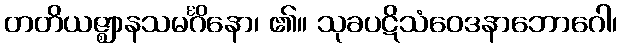
တတိယဇ္ဈာနသမင်္ဂိနော၊ ၏။ သုခပဋိသံဝေဒနာဘောဂေါ၊